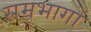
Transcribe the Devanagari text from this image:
समभागों